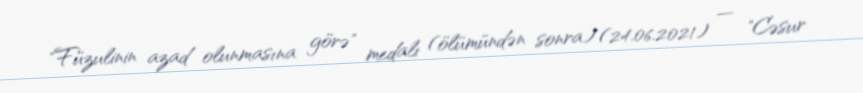
"Füzulinin azad olunmasına görə" medalı (ölümündən sonra) (24.06.2021) — "Cəsur